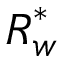
\boldsymbol { R } _ { \boldsymbol { w } } ^ { * }